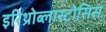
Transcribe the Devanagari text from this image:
इरिथ्रोब्लास्टोसिस